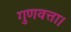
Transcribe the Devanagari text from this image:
गुणवत्ता।